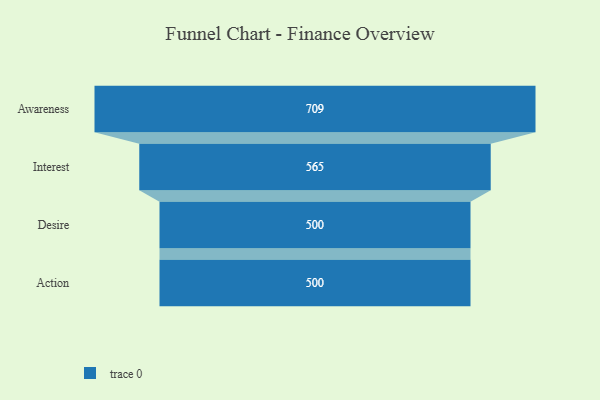
{"axis": {"x": "Stage", "y": "Value"}, "legend": [""], "data": [{"x": "Awareness", "y": 709.0, "type": ""}, {"x": "Interest", "y": 565.0, "type": ""}, {"x": "Desire", "y": 500, "type": ""}, {"x": "Action", "y": 500, "type": ""}]}